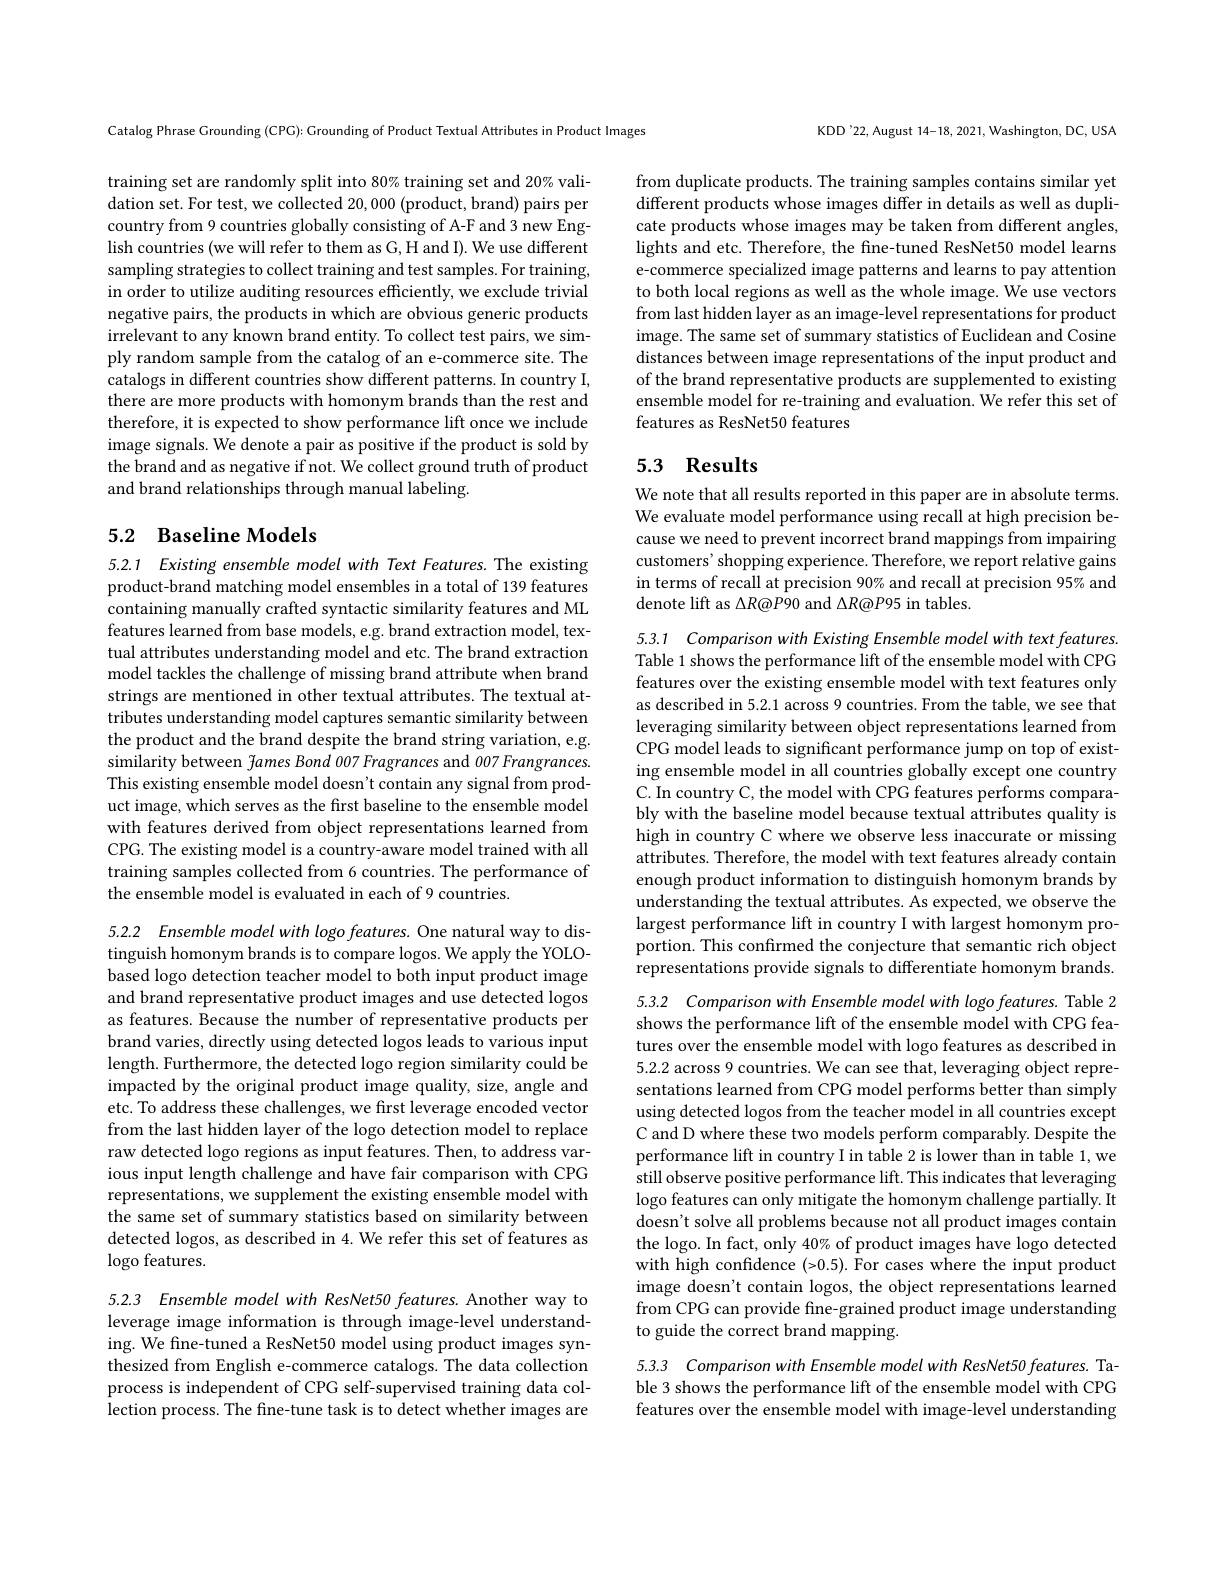
Catalog Phrase Grounding (CPG): Grounding of Product Textual Attributes in Product Images

training set are randomly split into 80% training set and 20% validation set. For test, we collected 20, 000 (product, brand) pairs per country from 9 countries globally consisting of A-F and 3 new English countries (we will refer to them as G, H and I). We use different sampling strategies to collect training and test samples. For training, in order to utilize auditing resources efficiently, we exclude trivial negative pairs, the products in which are obvious generic products irrelevant to any known brand entity. To collect test pairs, we simply random sample from the catalog of an e-commerce site. The catalogs in different countries show different patterns. In country I, there are more products with homonym brands than the rest and therefore, it is expected to show performance lift once we include image signals. We denote a pair as positive if the product is sold by the brand and as negative if not. We collect ground truth of product and brand relationships through manual labeling.

## 5.2 Baseline Models

5.2.1 Existing ensemble model with Text Features. The existing product-brand matching model ensembles in a total of 139 features containing manually crafted syntactic similarity features and ML features learned from base models, e.g. brand extraction model, textual attributes understanding model and etc. The brand extraction model tackles the challenge of missing brand attribute when brand strings are mentioned in other textual attributes. The textual attributes understanding model captures semantic similarity between the product and the brand despite the brand string variation, e.g. similarity between fames Bond 007 Fragrances and 007 Frangrances. This existing ensemble model doesn't contain any signal from product image, which serves as the first baseline to the ensemble model with features derived from object representations learned from CPG. The existing model is a country-aware model trained with all training samples collected from 6 countries. The performance of the ensemble model is evaluated in each of 9 countries.

5.2.2 Ensemble model with logo features. One natural way to distinguish homonym brands is to compare logos. We apply the YOLObased logo detection teacher model to both input product image and brand representative product images and use detected logos as features. Because the number of representative products per brand varies, directly using detected logos leads to various input length. Furthermore, the detected logo region similarity could be impacted by the original product image quality, size, angle and etc. To address these challenges, we first leverage encoded vector from the last hidden layer of the logo detection model to replace raw detected logo regions as input features. Then, to address various input length challenge and have fair comparison with CPG representations, we supplement the existing ensemble model with the same set of summary statistics based on similarity between detected logos, as described in 4. We refer this set of features as $\log$o features.

5.2.3 Ensemble model with ResNet50 features. Another way to leverage image information is through image-level understanding. We fine-tuned a ResNet50 model using product images synthesized from English e-commerce catalogs. The data collection process is independent of CPG self-supervised training data collection process. The fine-tune task is to detect whether images are

KDD'22, August 14-18, 2021, Washington, DC, USA

from duplicate products. The training samples contains similar yet different products whose images differ in details as well as duplicate products whose images may be taken from different angles, lights and etc. Therefore, the fine-tuned ResNet50 model learns e-commerce specialized image patterns and learns to pay attention to both local regions as well as the whole image. We use vectors from last hidden layer as an image-level representations for product image. The same set of summary statistics of Euclidean and Cosine distances between image representations of the input product and of the brand representative products are supplemented to existing ensemble model for re-training and evaluation. We refer this set of features as ResNet50 features

## 5.3 Results

We note that all results reported in this paper are in absolute terms. We evaluate model performance using recall at high precision because we need to prevent incorrect brand mappings from impairing customers' shopping experience. Therefore, we report relative gains in terms of recall at precision 90% and recall at precision 95% and denote lift as $\Delta R@P90$ and $\Delta R@P95$ in tables.

5.3.1 Comparison with Existing Ensemble model with text features. Table 1 shows the performance lift of the ensemble model with CPG features over the existing ensemble model with text features only as described in 5.2.1 across 9 countries. From the table, we see that leveraging similarity between object representations learned from CPG model leads to significant performance jump on top of existing ensemble model in all countries globally except one country C. In country C, the model with CPG features performs comparably with the baseline model because textual attributes quality is high in country C where we observe less inaccurate or missing attributes. Therefore, the model with text features already contain enough product information to distinguish homonym brands by understanding the textual attributes. As expected, we observe the largest performance lift in country I with largest homonym proportion. This confirmed the conjecture that semantic rich object representations provide signals to differentiate homonym brands.

5.3.2 Comparison with Ensemble model with logo features. Table 2

shows the performance lift of the ensemble model with CPG features over the ensemble model with logo features as described in 5.2.2 across 9 countries. We can see that, leveraging object representations learned from CPG model performs better than simply using detected logos from the teacher model in all countries except C and D where these two models perform comparably. Despite the performance lift in country I in table 2 is lower than in table 1, we still observe positive performance lift. This indicates that leveraging logo features can only mitigate the homonym challenge partially. It doesn't solve all problems because not all product images contain the logo. In fact, only 40% of product images have logo detected with high confidence (>0.5). For cases where the input product image doesn't contain logos, the object representations learned from CPG can provide fine-grained product image understanding to guide the correct brand mapping.

5.3.3 Comparison with Ensemble model with ResNet50 features. Table 3 shows the performance lift of the ensemble model with CPG features over the ensemble model with image-level understanding